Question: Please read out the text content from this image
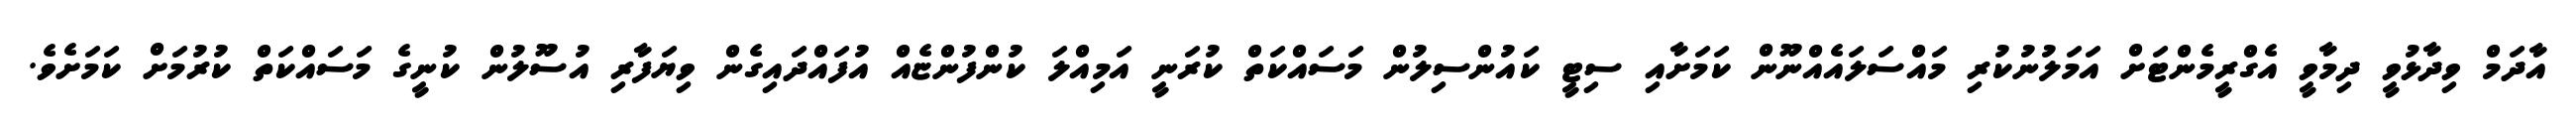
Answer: އާދަމް ވިދާޅުވީ ދިމާވީ އެގްރީމެންޓަށް އަމަލުނުކުރި މައްސަލައެއްނޫން ކަމަށާއި ސިޓީ ކައުންސިލުން މަސައްކަތް ކުރަނީ އަމިއްލަ ކުންފުންޏެއް އުފައްދައިގެން ވިޔަފާރި އުސޫލުން ކުނީގެ މަސައްކަތް ކުރުމަށް ކަމަށެވެ.